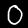
Label: 0